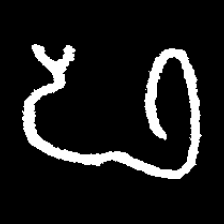
Pyu character \u2014 Myanmar letter: ဖ (romanized: pha)